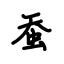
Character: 蚕